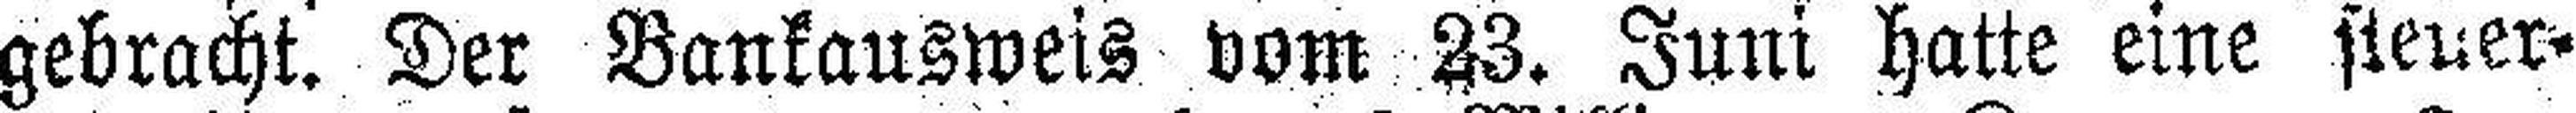
gebracht. Der Bankausweis vom 23. Juni hatte eine steuer¬